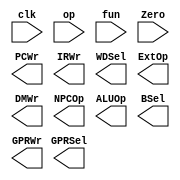
module ctr ( clk , op , fun , Zero, PCWr , IRWr , WDSel , GPRSel , ExtOp , DMWr , NPCOp , ALUOp , BSel , GPRWr );
input [5:0] op , fun ;
input Zero , clk ;
output PCWr , IRWr , DMWr , ALUOp , BSel , GPRWr;
output [1:0] WDSel , GPRSel , ExtOp , NPCOp ;

reg [2:0] fsm = 0 ;  //?????
 
parameter  S0 = 'd0 , S1 = 'd1 , S2 = 'd2 , S3 = 'd3 , S4 = 'd4 , 
           S5 = 'd5 , S6 = 'd6 , S7 = 'd7 , S8 = 'd8 , S9 = 'd9 ;
           
           ////////////////////////////////////////continue/////////////////
always @ (posedge clk )
    case (fsm)
      S0  :begin
        
      end
    endcase
 endmodule